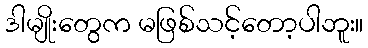
ဒါမျိုးတွေက မဖြစ်သင့်တော့ပါဘူး။